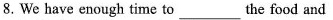
8. We have enough time to ___ the food and